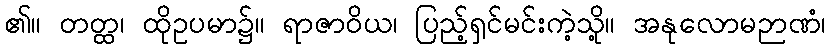
၏။ တတ္ထ၊ ထိုဥပမာ၌။ ရာဇာဝိယ၊ ပြည့်ရှင်မင်းကဲ့သို့။ အနုလောမဉာဏံ၊